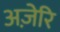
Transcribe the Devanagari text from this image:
अज़ेरि